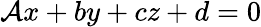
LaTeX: \mathcal{A}x+by+cz+d=0